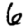
Digit: 6